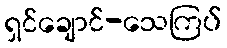
ရှင်ချောင်-သေကြပ်